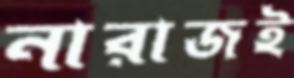
নারাজই